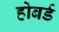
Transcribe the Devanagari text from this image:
होबर्ड